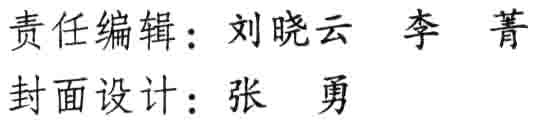
责任编辑：刘晓云 李 菁

封面设计：张 勇